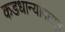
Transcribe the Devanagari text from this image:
कडधान्यांपासून